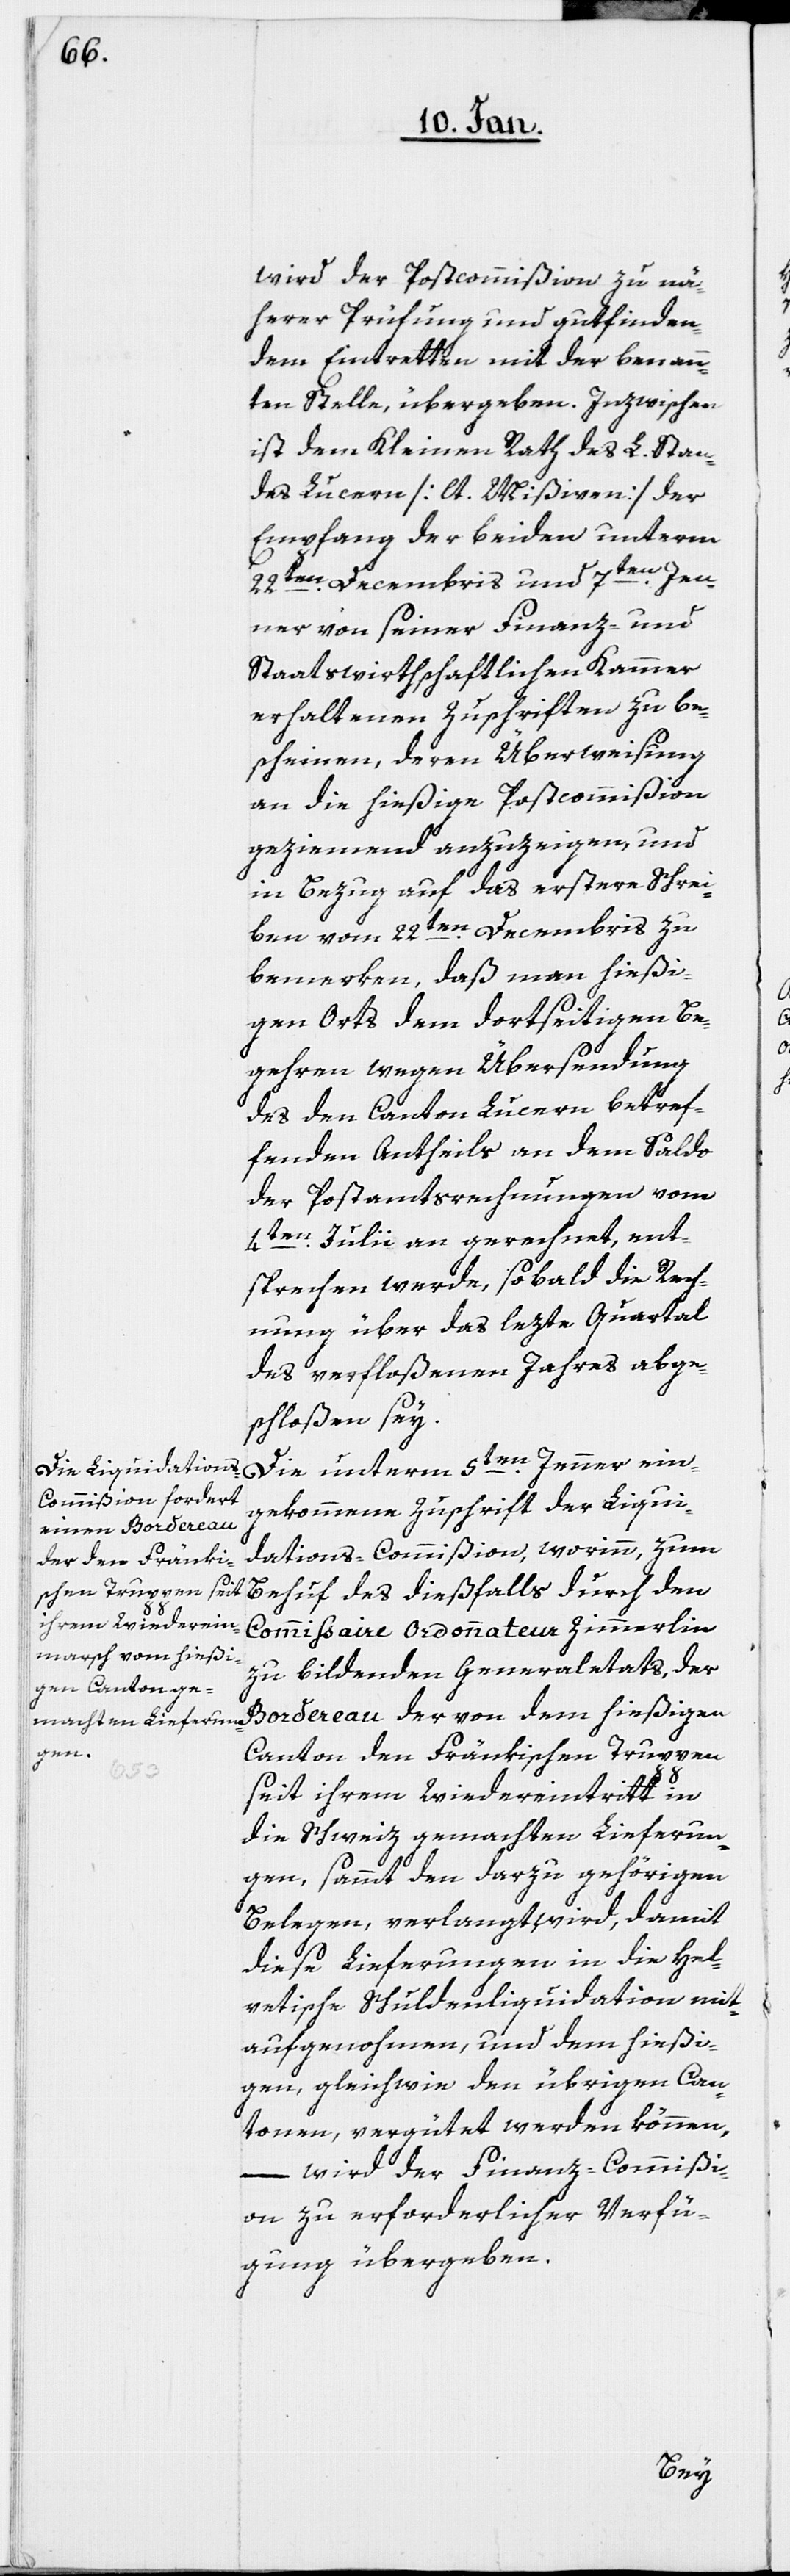
wird der Postkommißion zu nä¬
herer Prüfung und gutfinden¬
dem Eintretten mit der benann¬
ten Stelle, übergeben. Inzwischen
ist dem Kleinen Rath des L. Stan¬
des Lucern [lt. Mißiven] der
Empfang der beiden unterm
22sten. Decembris und 7ten. Jen¬
ner von seiner Finanz- und
Staatswirthschaftlichen Kammer
erhaltenen Zuschriften zu be¬
scheinen, deren Überweisung
an die hießige Postcommißion
geziemend anzuzeigen, und
in Bezug auf das erstere Schrei¬
ben vom 22sten. Decembris zu
bemerken, daß man hießi¬
gen Orts dem dortseitigen Be¬
gehren wegen Übersendung
des den Canton Lucern betref¬
fenden Antheils an dem Saldo
der Postamtsrechnungen vom
4ten. Julii an gerechnet, ent¬
sprechen werde, sobald die Rech¬
nung über das lezte Quartal
des verfloßenen Jahres abge¬
schloßen sey.
Die unterm 5ten. Jenner ein¬
gekommene Zuschrift der Liqui¬
dations-Commißion, worinn, zum
Behuf des dießfalls durch den
Commißaire Ordonnateur Zimmerlin
zu bildenden Generaletats, der
Canton den Fränkischen Truppen
seit ihrem Wiedereintritt in
die Schweiz gemachten Lieferun¬
gen, sammt den darzu gehörigen
Belegen verlangt wird, damit
diese Lieferungen in die Hel¬
vetische Schuldenliquidation mit¬
aufgenohmen, und dem hießi¬
gen, gleichwie den übrigen Can¬
tonen, vergütet werden können,
– wird der Finanz-Commißi¬
on zu erforderlicher Verfü¬
gung übergeben.